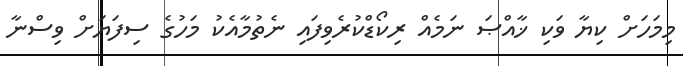
މިމަހަށް ކިޔާ ވަކި ޚާއްޞަ ނަމެއް ރިކޯޑްކުރެވިފައި ނެތުމާއެކު މަހުގެ ސިފަޔަށް ވިސްނާ